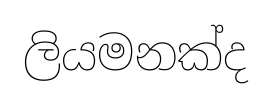
ලියමනක්ද